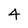
Character: 4